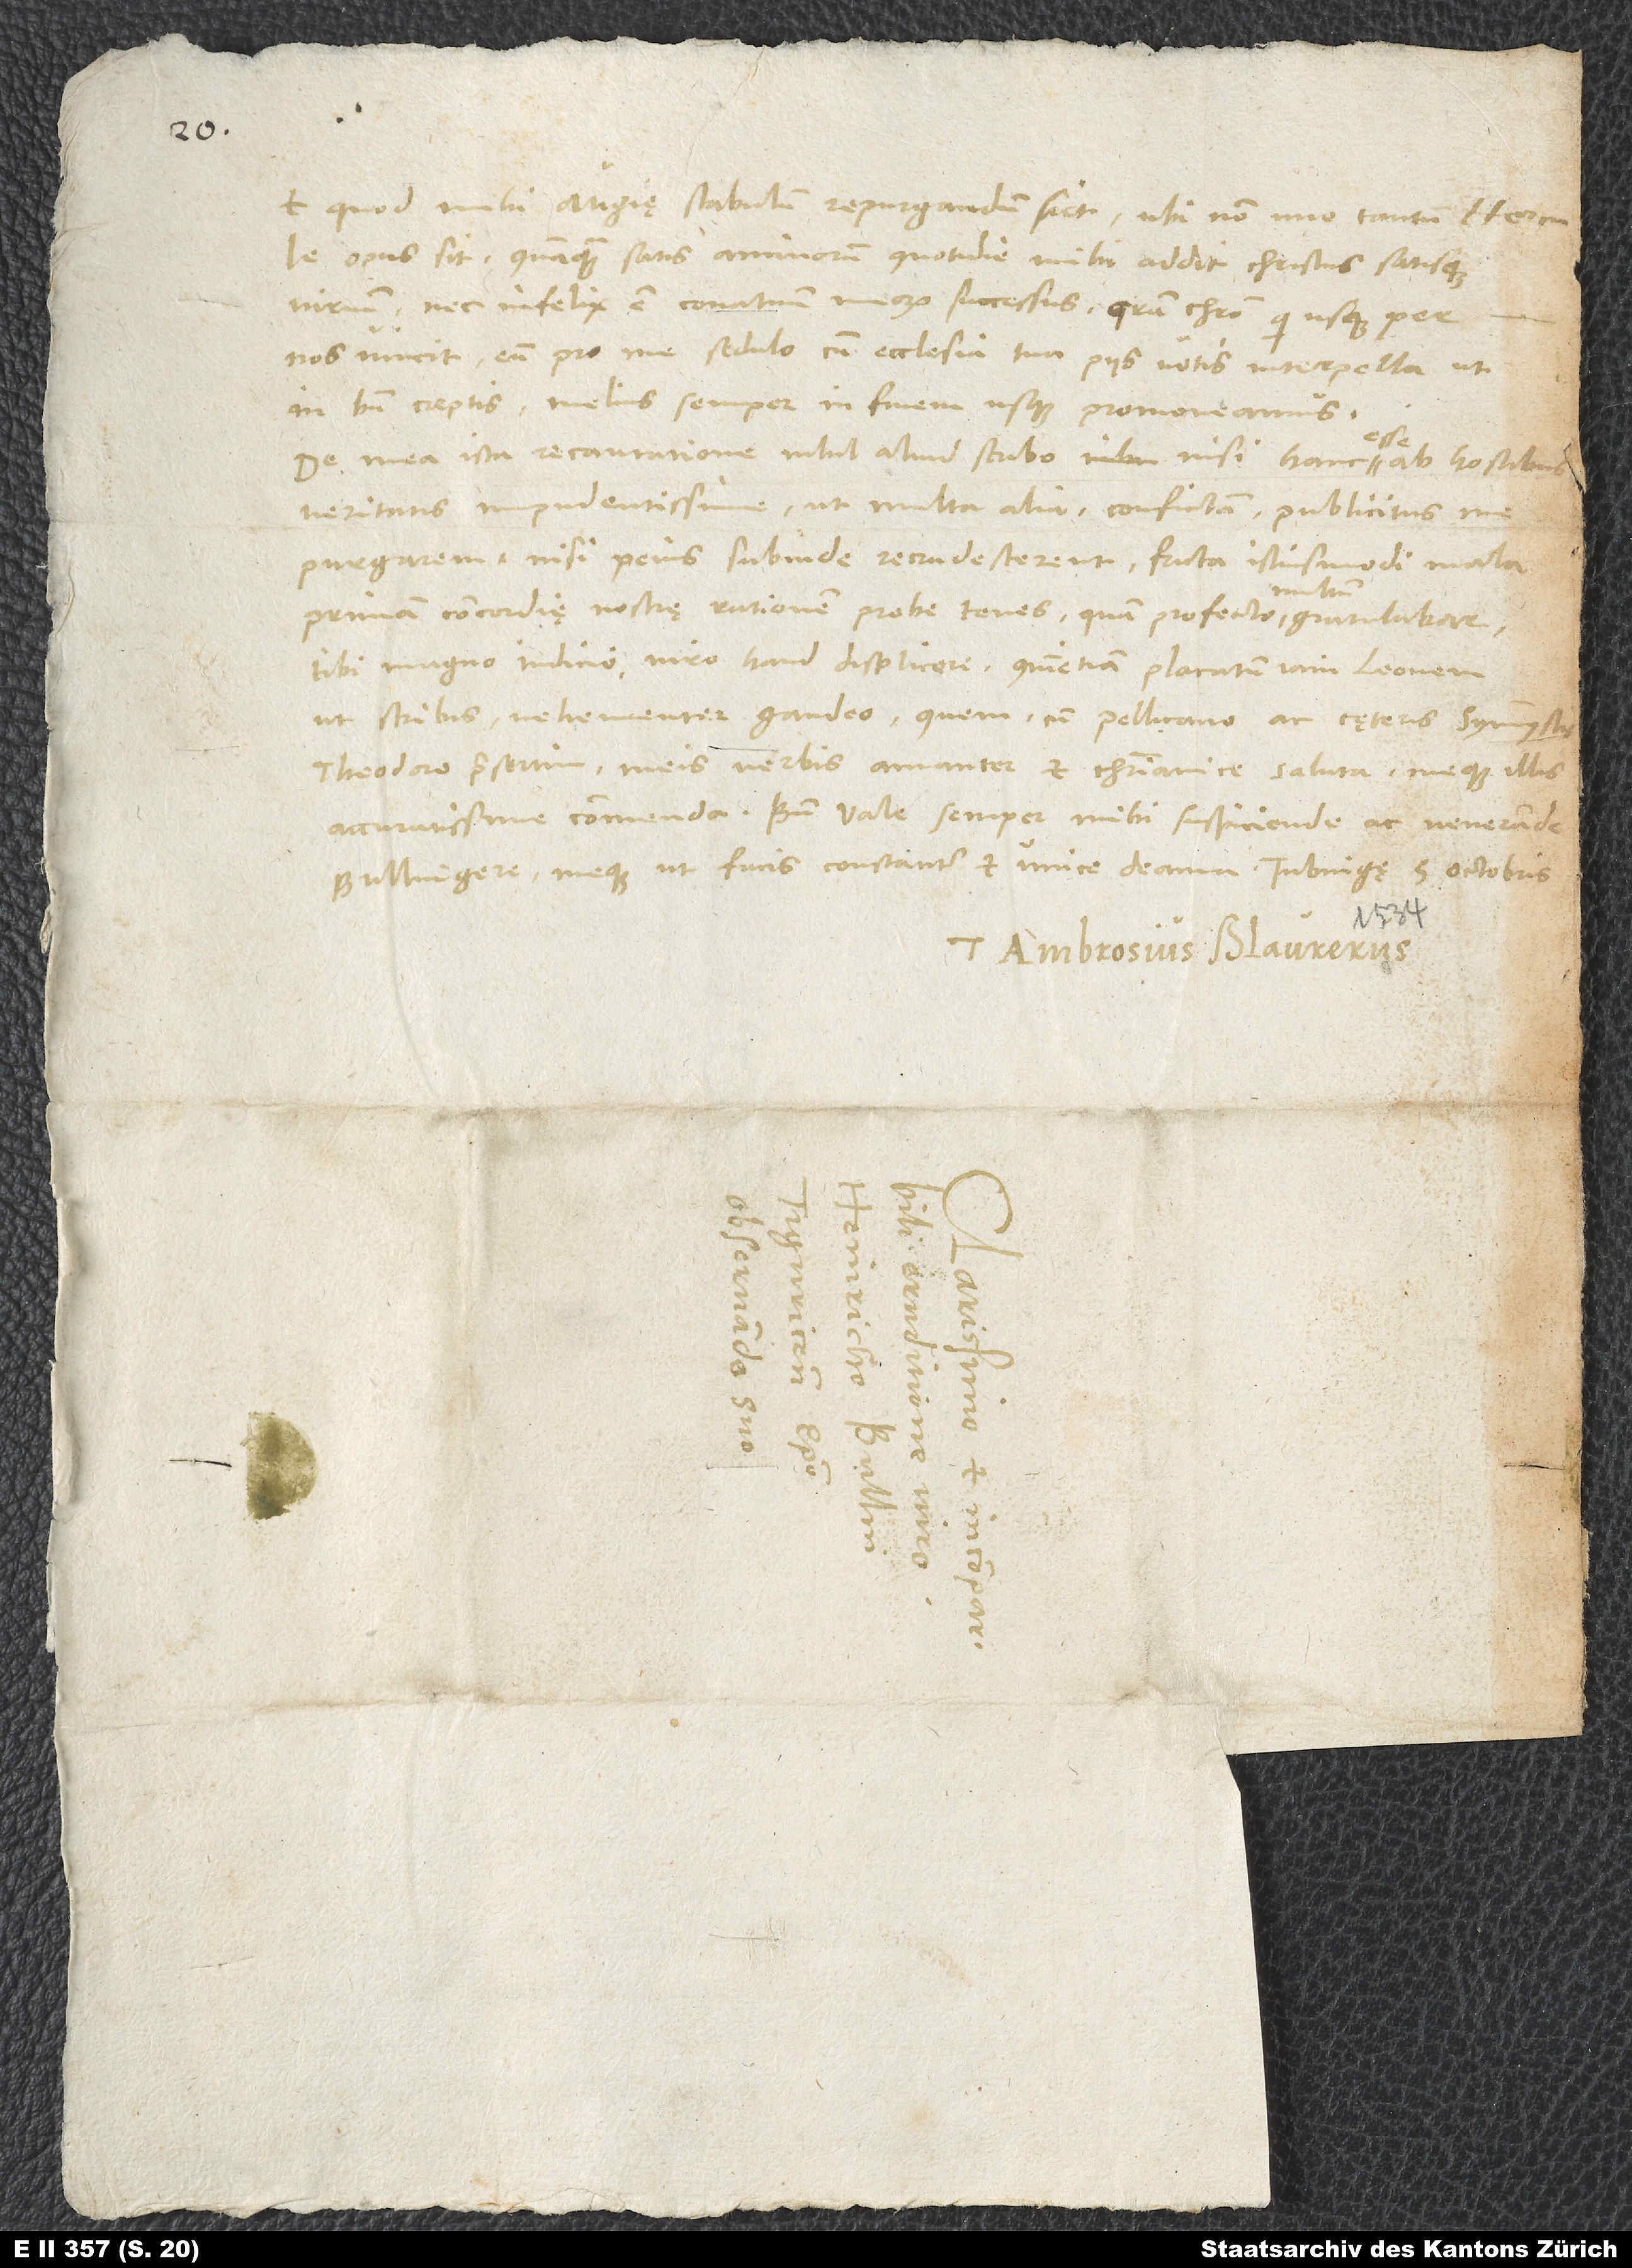
et quod mihi Augię stabulum repurgandum siet, ubi non uno tantum Hercule
opus sit, quamquam satis animorum quotidie mihi addit Christus satisque
virium nec infelix est conatuum meorum successus. Gratia Christo, qui usque per
nos vincit. Eum pro me sedulo cum ecclesia tua piis votis interpella, ut
in bene coeptis melius semper in finem usque promoveamus.
De mea ista recantatione nihil aliud scribo nisi hanc esse ab hostibus
veritatis impudentissime ut multa alia confictam. Publicitus me
purgarem, nisi peius subinde recrudescerent facta istiusmodi mala.
nullum
Primam concordiae nostrę rationem probe tenes, quam profecto multum
tibi, magno iudicio viro, haud discplicere. Quin etiam placatum iam Leonem,
ut scribis, vehementer gaudeo. Quem cum Pellicano ac cęteris symmystis,
Theodoro praesertim, meis verbis amanter et christianice saluta meque illis
Bullingere, meque, ut facis, constanter et unice deama.
Tuus Ambrosius Blaurerus.